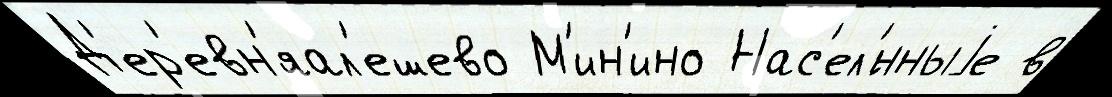
Д'ер'евн'яал'ешево М'ин'ино Нас'ел'́нныjе в